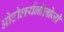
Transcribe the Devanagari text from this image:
ओटोलर्यनोलोजी